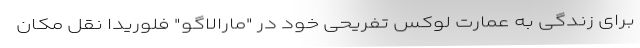
برای زندگی به عمارت لوکس تفریحی خود در "مارالاگو" فلوریدا نقل مکان